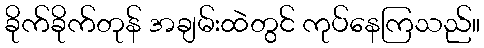
ခိုက်ခိုက်တုန် အချမ်းထဲတွင် ကုပ်နေကြသည်။